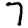
Digit: 7